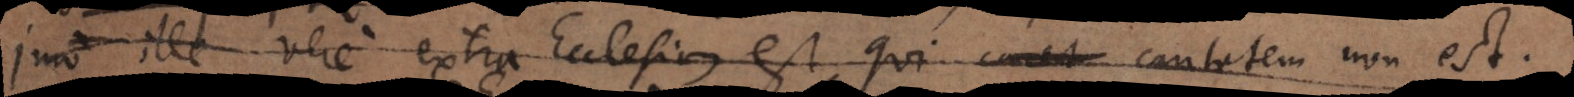
Imo ille vere extra Ecclesiam est, qui carit caritatem non est.